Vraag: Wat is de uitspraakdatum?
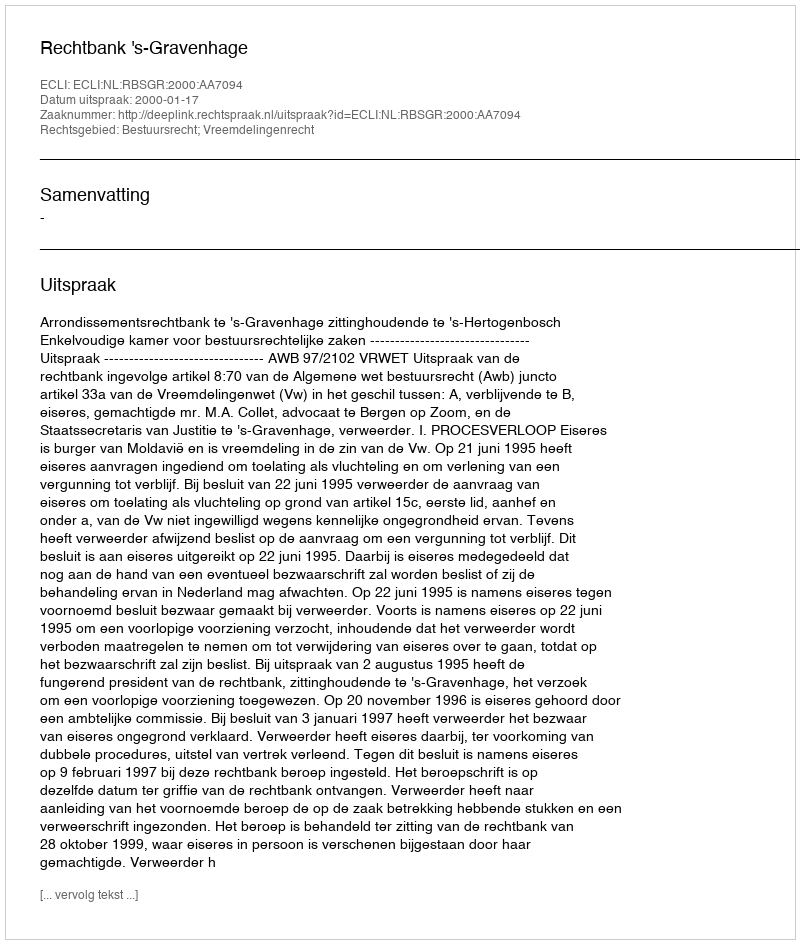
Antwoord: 2000-01-17